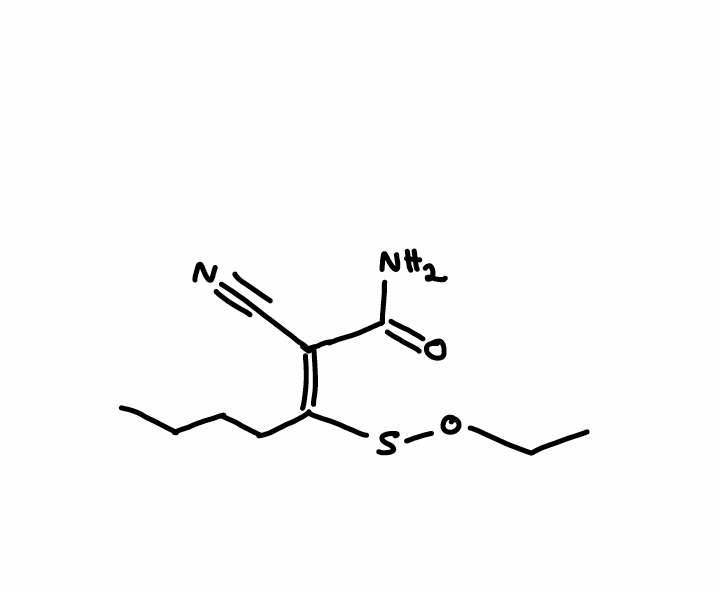
Simplified molecular-input line-entry system (SMILES) notation of the given molecule:
CCCC/C(=C(\C#N)/C(=O)N)/SOCC